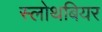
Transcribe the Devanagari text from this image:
स्लोथबियर